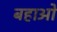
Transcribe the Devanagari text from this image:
बहाओ